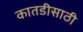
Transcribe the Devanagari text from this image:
कातडीसाठी